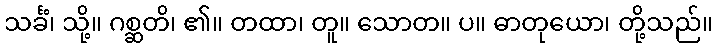
သင်္ခံ၊ သို့။ ဂစ္ဆတိ၊ ၏။ တထာ၊ တူ။ သောတ။ ပ။ ဓာတုယော၊ တို့သည်။